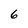
Character: 6